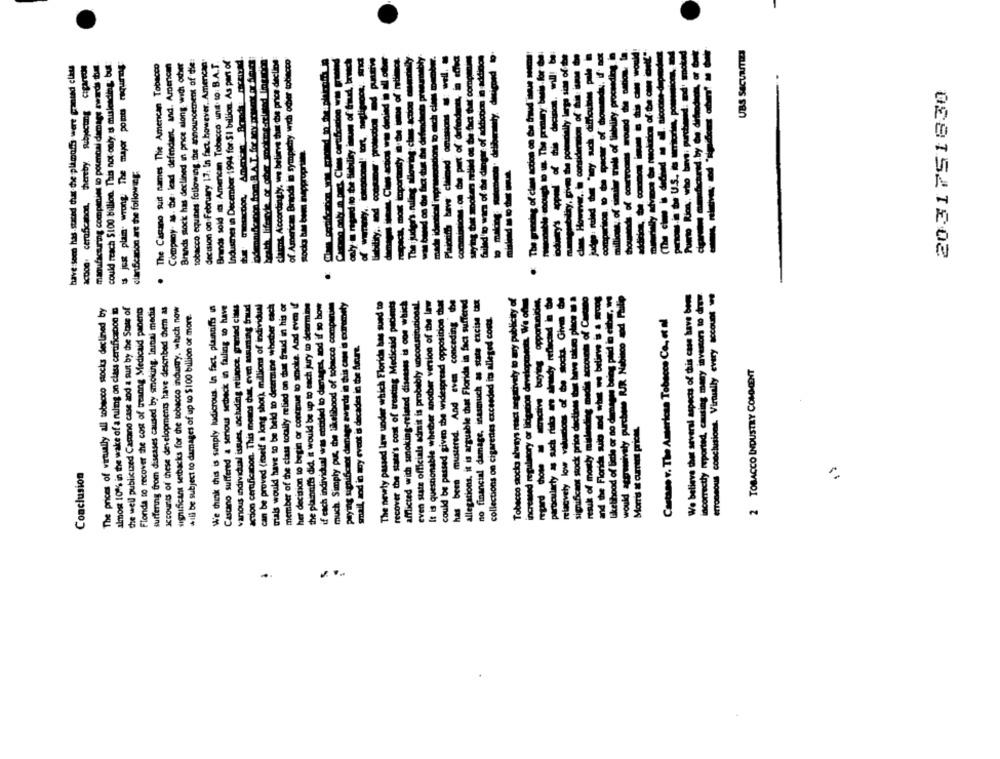
UBS SECURITIES
manufacturing companies to potmoai damage awards toa.
Brands stock has declined in price along with other
tobacco equibes following the announcement of tie:
decision on February 17. In fact. however. American.
Brands sold : Amencan Tobacco' und. to: B.A.T.
Indusmes in December 1994 for SI billion. As part of
health liferate of guter making related Ingridon
claims, Accordingly, we believe that the price decline
of American Brands in sympady wich odier tobacco
only - ragad no tie liability imum of fraud, brunch
liability ,, and comme' protocool od punts
bły.
have seen has-stated that the plamods were granted clits
could reach $100 billion. This not only is misleading. but
's just plain wrong The major ponts moquermg
The Castano suit names The American Tobacco
Company. as. die: lead defendant, and. American
Carcano only m pes, Ciens certificadon wt print
thuet comp
denind ill
---
made identical ineprosincidons to mich' cions Do
The :juder's.ruling slowing class action
2031751830
Plajonich bave claimed ocussions
respects, most importanty. a
godo bas been inappropriate
clarficacion are the following:
of cm
The grind
.
particularly as such rato an shredy reflechd - te
relatively low valuedons of be stocks Ghvm de
significant stock price dactions that beve take place m a
result of mostly misleading media accounts of Cautano
and the Florida suis nd - - berlinw - a wrong
would aggressively purchase RJR Nabisco od Ftulip
We believe that several aspects of this case have bom
incorrectly reported, causing many investors to drew.
erTonsous conclusions, Virtually every account we
vanous individual issues, including reliance. granted class
action certificacion. This menos cut, even auuming fraud
can be proved (itself a long shot), millions of individual
trials would have to be held to determine whether each
member of the class totally relied on that fraud in his or
her decision to begin or continue to smoke. And even if
the plaintiffs did, it would be up to each jury to determine
if each individual was entitled to damages, sod if so bow
much. Simply put, the likelihood of tobacco companime
paying significant damage awards in this case is curemety
The newly passed law under which Floride has sued to
recover the stata's cost of treating Medicaid pacients
afflicted with smoking-related diseases is con which
even state officials admit is probably unconstitutional.
It is questionable whether another version of the law
could be passed given the widespread opposition that
has been mustered. And even conceding the
allegations, it is arguable that Florida in fact suffered
no financial damage, inasmuch as state excise tax
Tobacco socka ahrtys react negatively to my publicity of
increased regulatory or litigation developments. We offus
likelihood of little or no damages beleg paid in either.
The prices of virtually all tobacco socks declined by
almost 10% in the wake of a ruling on class certificadon in
the well publicized Camino case and a suut by the State of
Fionda to recover the cost of treanng Medicaid panent
suffering from diseases caused by smoking. Inmai media
Icourts of these developments have described dem as
significant setbacks for the tobacco industry, which now
We think this is simply ludicrous. In fact, plaintiffs uns
Castano suffered a serious setback in failing to have
+ill be subject to damages of up to $100 billion or more.
collections on cigarettes exceeded its alleged costs.
Castano v. The American Tobacco Co ., et al
small, sod in my event is decades in the future.
2 TOBACCO INDUSTRY COMMENT
Morris at current prices.
Conclusion
sig
-.